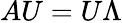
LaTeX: AU=U\Lambda